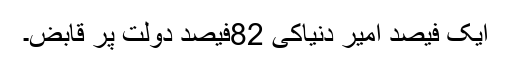
ایک فیصد امیر دنیاکی 82فیصد دولت پر قابض۔